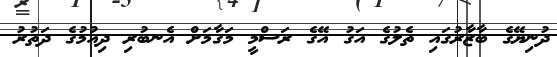
ދުނިޔޭގެ ބާޒާރުގައި ތެލުގެ އަގު އޭގެ ރަސްމީ މަގާމަށް އެނބުރި ދިއުމުގެ ދަތުރު